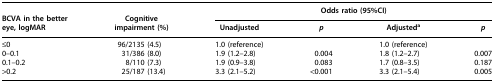
<table><thead><tr><td><b> </b></td><td><b> </b></td><td colspan="4"><b>Odds ratio (95%CI)</b></td></tr><tr><td><b>BCVA in the better eye, logMAR</b></td><td><b>Cognitive impairment (%)</b></td><td><b>Unadjusted</b></td><td><b><i>p</i></b></td><td><b>Adjusted<sup>a</sup></b></td><td><b><i>p</i></b></td></tr></thead><tbody><tr><td>≤0</td><td>96/2135 (4.5)</td><td>1.0 (reference)</td><td> </td><td>1.0 (reference)</td><td> </td></tr><tr><td>0–0.1</td><td>31/386 (8.0)</td><td>1.9 (1.2–2.8)</td><td>0.004</td><td>1.8 (1.2–2.7)</td><td>0.007</td></tr><tr><td>0.1–0.2</td><td>8/110 (7.3)</td><td>1.9 (0.9–3.8)</td><td>0.083</td><td>1.7 (0.8–3.5)</td><td>0.187</td></tr><tr><td>&gt;0.2</td><td>25/187 (13.4)</td><td>3.3 (2.1–5.2)</td><td>&lt;0.001</td><td>3.3 (2.1–5.4)</td><td>0.005</td></tr></tbody></table>